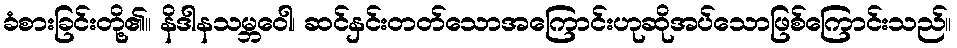
ခံစားခြင်းတို့၏။ နိဒါနသမ္ဘဝေါ၊ ဆင်နှင်းတတ်သောအကြောင်းဟုဆိုအပ်သောဖြစ်ကြောင်းသည်။